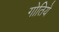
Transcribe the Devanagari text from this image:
गोतिये